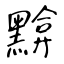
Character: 黭